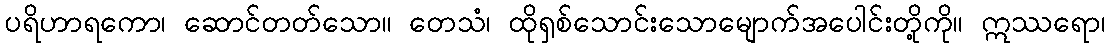
ပရိဟာရကော၊ ဆောင်တတ်သော။ တေသံ၊ ထိုရှစ်သောင်းသောမျောက်အပေါင်းတို့ကို။ ဣဿရော၊